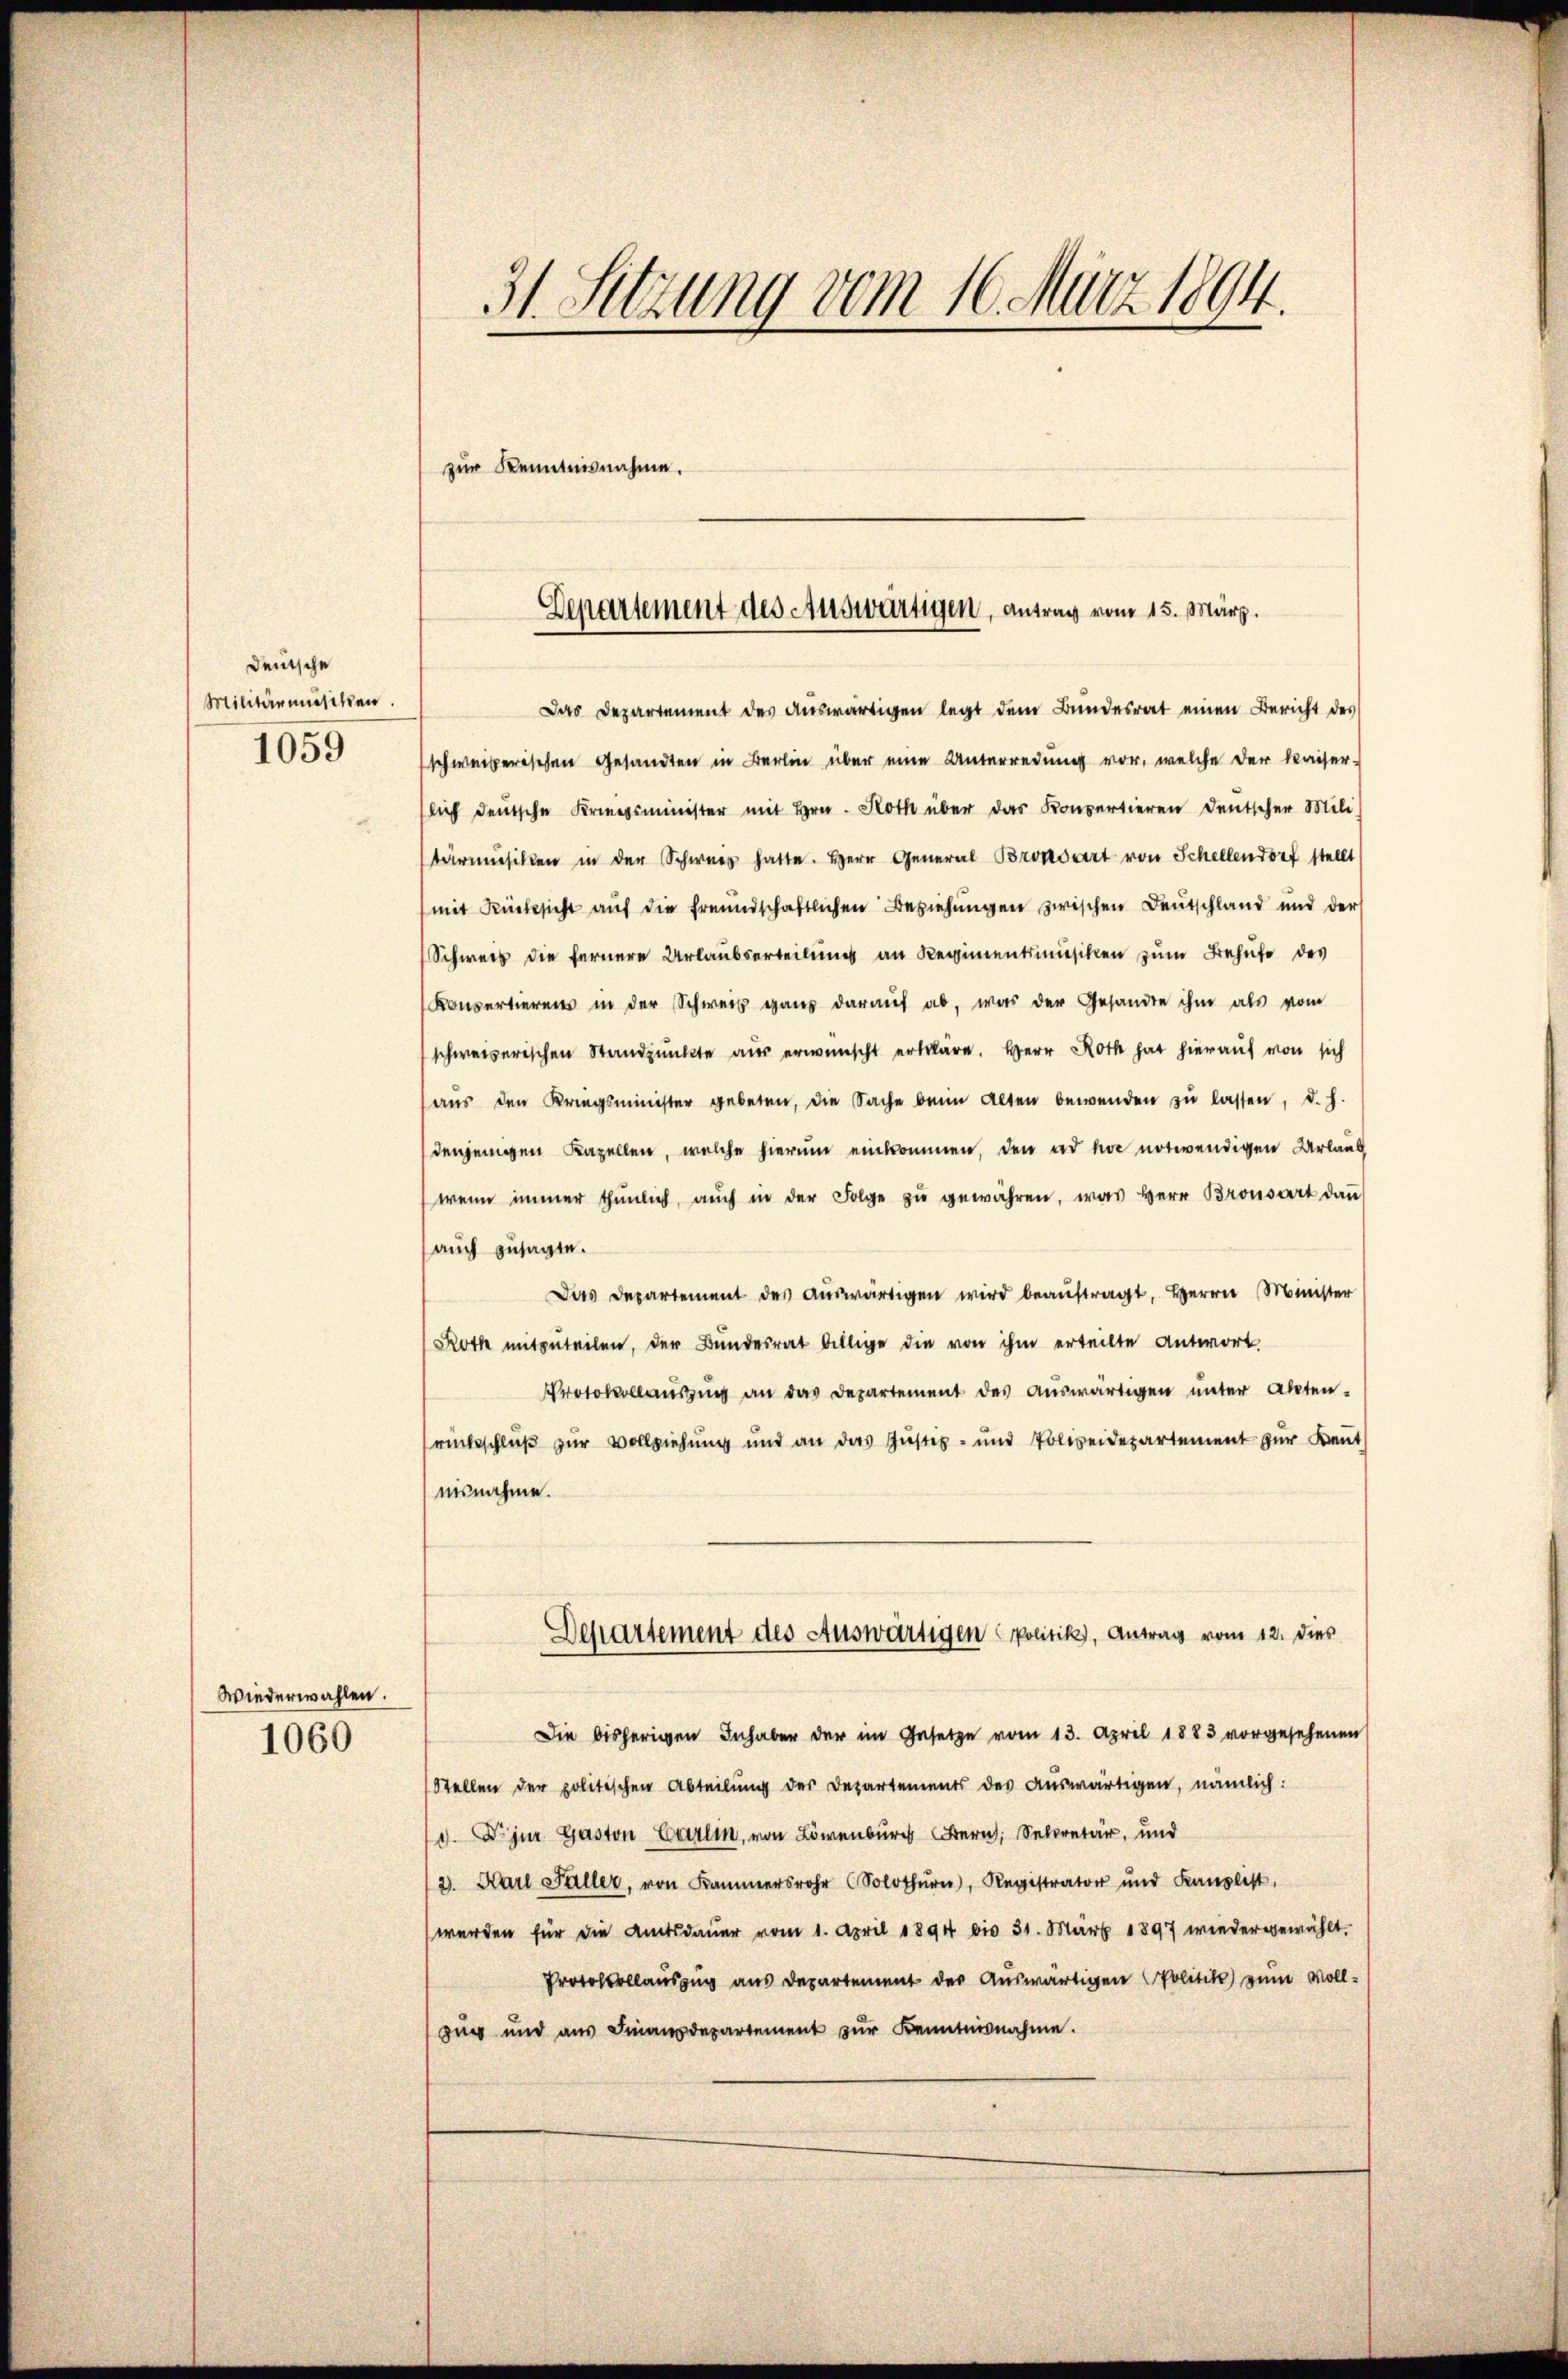
Deutsche
Militärmusiken.
1059

Wiederwahlen.
1060

31. Setzung vom 16. März 1894.
zur Kenntnisnahme.

Departement des Auswärtigen, Antrag vom 15. März.

Das Departement des Auswärtigen legt dem Bundesrat einen Bericht des
schweizerischen Gesandten in Berlin über eine Unterredung vor, welche der Kaiser-
lich deutsche Kriegsminister mit Hrn. Koth über das Konpertieren deutscher Mili
tärmusiken in der Schweiz hatte. Herr General Brondert von Schellendorf stellt
mit Rücksicht auf die freundschaftlichen Beziehungen zwischen Deutschland und der
Schweis die fernere Urlaubserteilung an Regimentsmusiken zum Behufe des
Konsertierens in der Schweiz ganz daraŭf ab, was der Gesandte ihm als vom
schweizerischen Standpunkte aus erwünscht erkläre. Herr Roth hat hierauf von sich
aŭs den Kriegsminister gebeten, die Sache beim Alten bewenden zŭ lassen, d. h.
denjenigen Kapellen, welche hierum einkommen, den ad hoc notwendigen Urlaub
wenn immer thŭnlich, auch in der Folge zŭ gewähren, was Herr Bronsart dann
auch zusagte.
Das Departement des aŭswärtigen wird beaŭftragt, Herrn Minister
Roth mitzuteilen, der Bundesrat billige die von ihm erteilte Antwort
Protokollaŭszŭg an das Departement des aŭswärtigen unter Akten-
rückschluß zur Vollziehung und an das Justiz- und Polizeidepartement zur Kent
nisnahme.
Departement des Auswärtigen Politik, Antrag vom 12. dies
Die bisherigen Inhaber der im Gesetze vom 13. April 1883 vorgesehenen
Stellen der politischen Abteilung der Departements des auswärtigen, nämlich:
d. jur Gaston Carlin, von Löwenburg er, Secretär, und
2. Karl Faller, von Kammers (Solothurn, Registrator und Kanzlist.
werden für die Amtsdauer vom 1. April 1894 bis 31. März 1897 wiedergewählt.
Protokollauszug aus Departement der Auswärtigen Politik zum Vollzug und aŭs Finanzdepartement zŭr Kenntnisnahme.